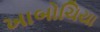
ખાબોચિયા